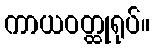
ကာယဝတ္ထုရုပ်။